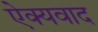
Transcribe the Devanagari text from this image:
ऐक्यवाद